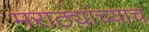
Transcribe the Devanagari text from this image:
मराठ्यांच्याच